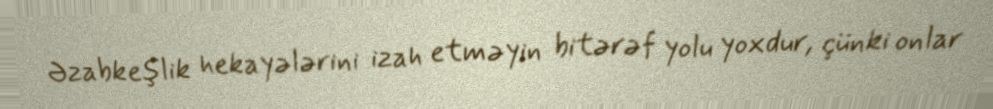
Əzabkeşlik hekayələrini izah etməyin bitərəf yolu yoxdur, çünki onlar